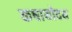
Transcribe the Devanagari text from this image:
कषायोदय